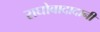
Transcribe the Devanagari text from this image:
राघोबादादानी